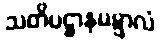
သတိပဋ္ဌာနမဋ္ဋာလံ